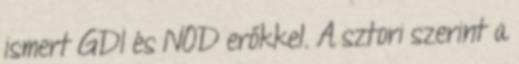
ismert GDI és NOD erőkkel. A sztori szerint a